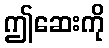
ဤဆေးကို